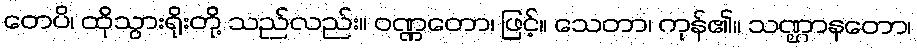
တေပိ၊ ထိုသွားရိုးတို့ သည်လည်း။ ဝဏ္ဏတော၊ ဖြင့်။ သေတာ၊ ကုန်၏။ သဏ္ဌာနတော၊